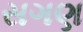
સગણ